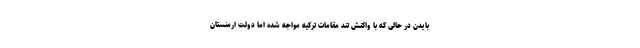
بایدن در حالی که با واکنش تند مقامات ترکیه مواجه شده اما دولت ارمنستان